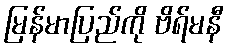
မြန်မာပြည်ကို ဗိရ်မနီ